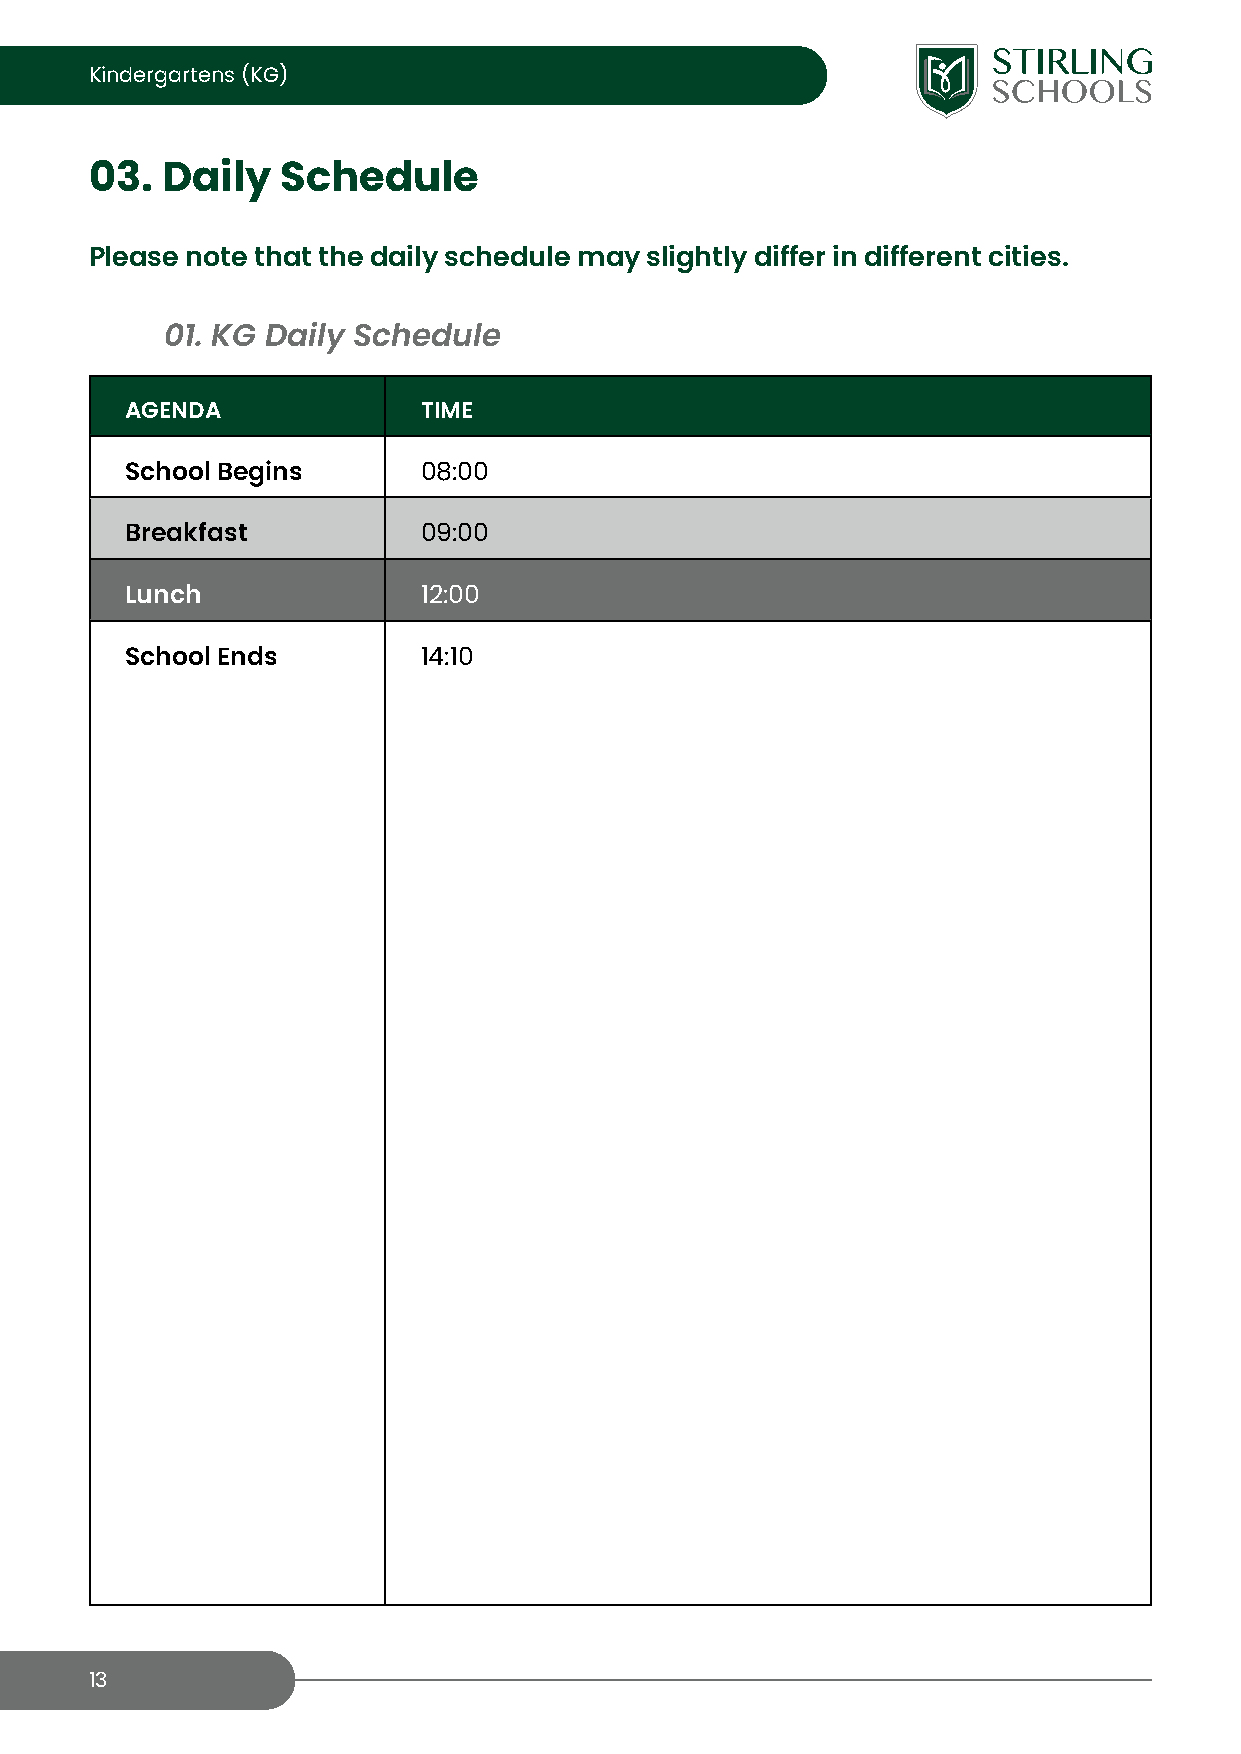
Kindergartens (KG)
 03.  Daily   Schedule
 Please note that the daily schedule may slightly differ in different cities.
 01. KG Daily Schedule
 AGENDA              TIME
 School Begins       08:00
 Breakfast           09:00
 Lunch               12:00
 School Ends         14:10
 13